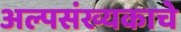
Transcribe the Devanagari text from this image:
अल्पसंख्यकाचे